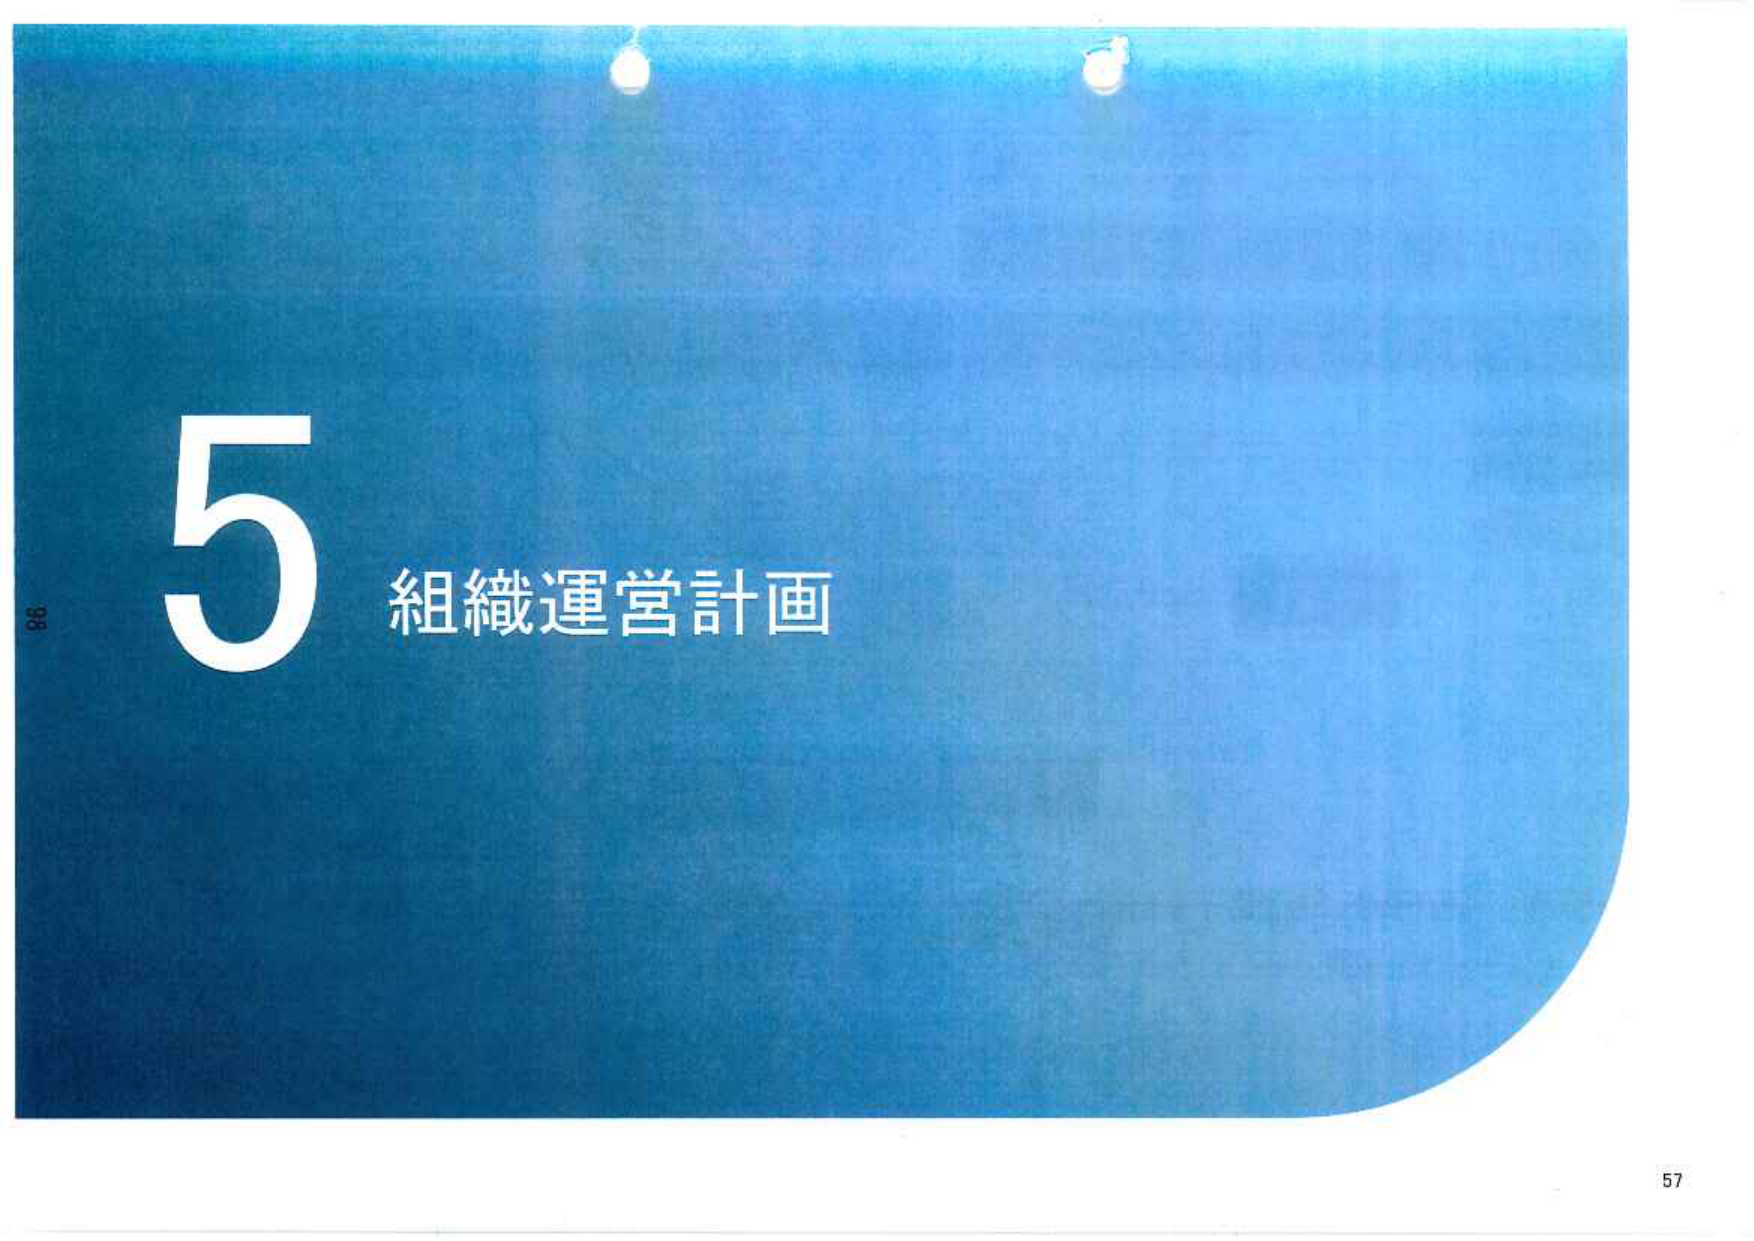
5 組織運営計画
57
88